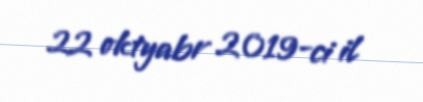
22 oktyabr 2019-ci il